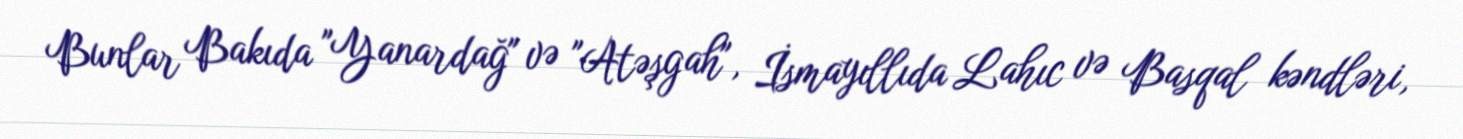
Bunlar Bakıda "Yanardağ" və "Atəşgah", İsmayıllıda Lahıc və Basqal kəndləri,